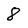
Character: 8